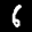
Label: 6